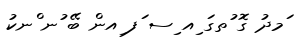
ަމދު ގޮ ުތގަ ިއ ިސ ަފ ިއން ބޭ ުނ ްނކު